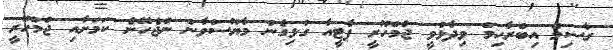
ގާސިމް އިބްރާހިމް ވިދާޅުވީ ޖުމްހޫރީ ޕާޓީއާ ގުޅިގެން މާޔޫސްވާން ނުޖެހޭނެ ކަމަށާއި ޖުމްހޫރީ